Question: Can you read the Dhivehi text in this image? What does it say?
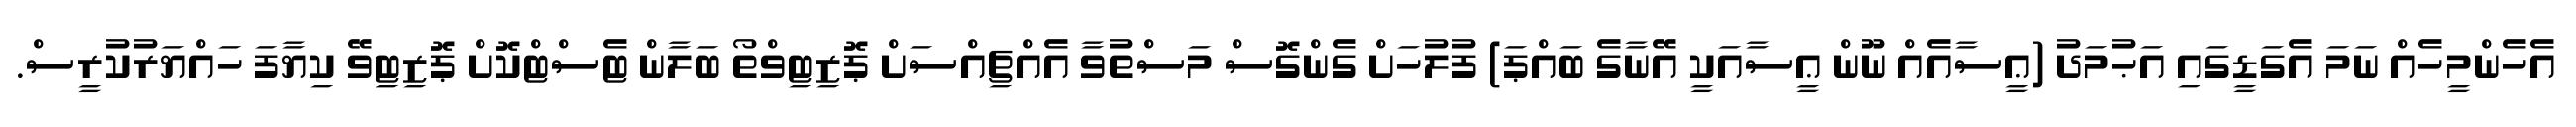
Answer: އެހެންމީހެއް ނަމަ އެގަޑީގައި އަޙުމަދު (ޢީސާއެއް ނޫން ޢީސާއަކީ އޭނާގެ ބައްޕަ) ފުލުހަށް ގެންގޮސް މަސްތުވާ އެއްޗިއްސަށް ޕޮޒިޓިވްތޯ ބަލާން ޓެސްޓްކޮށް ޕޮޒިޓިވޭ ކިޔާފަ ހައްޔަރުކުރީސް.